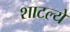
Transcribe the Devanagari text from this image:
शाटल्ये